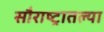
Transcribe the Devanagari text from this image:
सौराष्ट्रातल्या